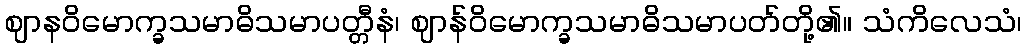
ဈာနဝိမောက္ခသမာဓိသမာပတ္တီနံ၊ ဈာန်ဝိမောက္ခသမာဓိသမာပတ်တို့၏။ သံကိလေသံ၊